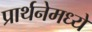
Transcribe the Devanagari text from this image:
प्रार्थनेमध्ये